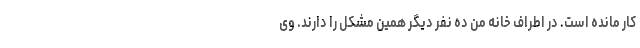
کار مانده است. در اطراف خانه من ده نفر دیگر همین مشکل را دارند. وی